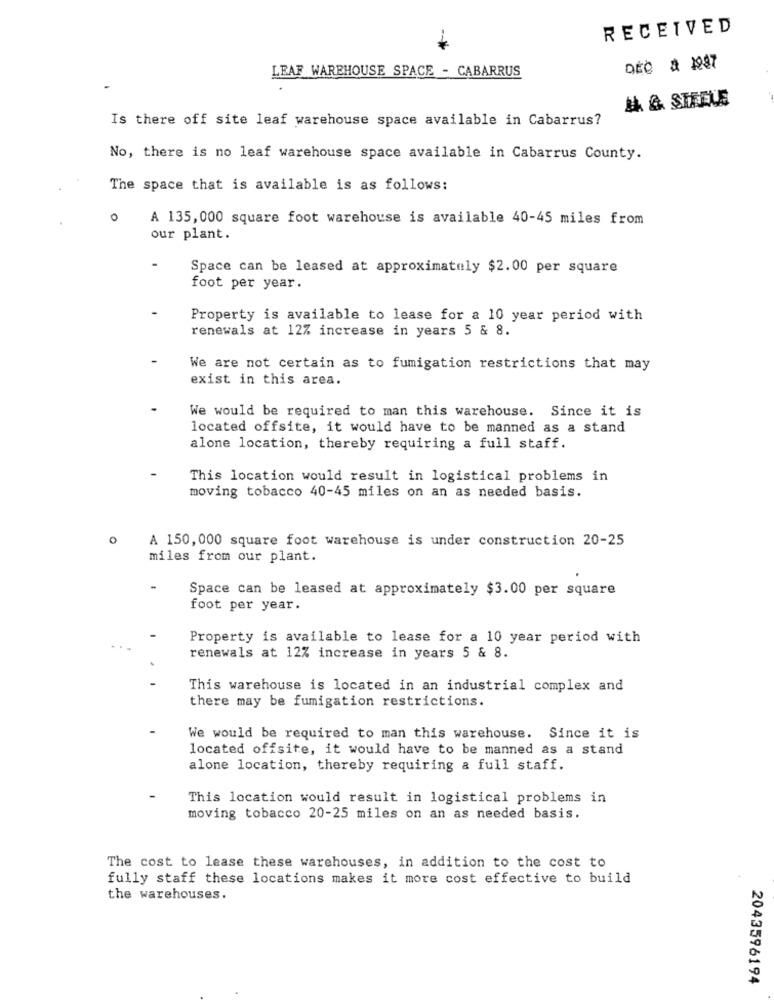
RECEIVED
LEAF WAREHOUSE SPACE - CABARRUS
MA & STEELE
Is there off site leaf warehouse space available in Cabarrus?
No, there is no leaf warehouse space available in Cabarrus County.
The space that is available is as follows:
0
A 135,000 square foot warehouse is available 40-45 miles from
our plant.
Space can be leased at approximately $2.00 per square
foot per year.
Property is available to lease for a 10 year period with
renewals at 12% increase in years 5 & 8.
We are not certain as to fumigation restrictions that may
exist in this area.
We would be required to man this warehouse. Since it is
located offsite, it would have to be manned as a stand
alone location, thereby requiring a full staff.
This location would result in logistical problems in
moving tobacco 40-45 miles on an as needed basis.
0
A 150,000 square foot warehouse is under construction 20-25
miles from our plant.
Space can be leased at approximately $3.00 per square
foot per year.
Property is available to lease for a 10 year period with
renewals at 12% increase in years 5 & 8.
This warehouse is located in an industrial complex and
there may be fumigation restrictions.
We would be required to man this warehouse. Since it is
located offsite, it would have to be manned as a stand
alone location, thereby requiring a full staff.
This location would result in logistical problems in
moving tobacco 20-25 miles on an as needed basis.
The cost to lease these warehouses, in addition to the cost to
fully staff these locations makes it more cost effective to build
the warehouses.
2043596194